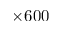
\times 6 0 0